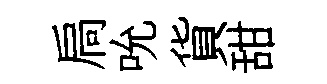
扃吮貨甜